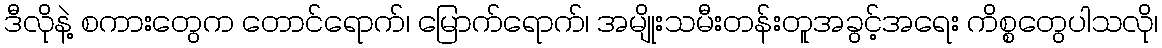
ဒီလိုနဲ့ စကားတွေက တောင်ရောက်၊ မြောက်ရောက်၊ အမျိုးသမီးတန်းတူအခွင့်အရေး ကိစ္စတွေပါသလို၊